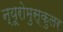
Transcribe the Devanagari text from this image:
न्यूरोमुस्कुलर